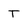
Character: T